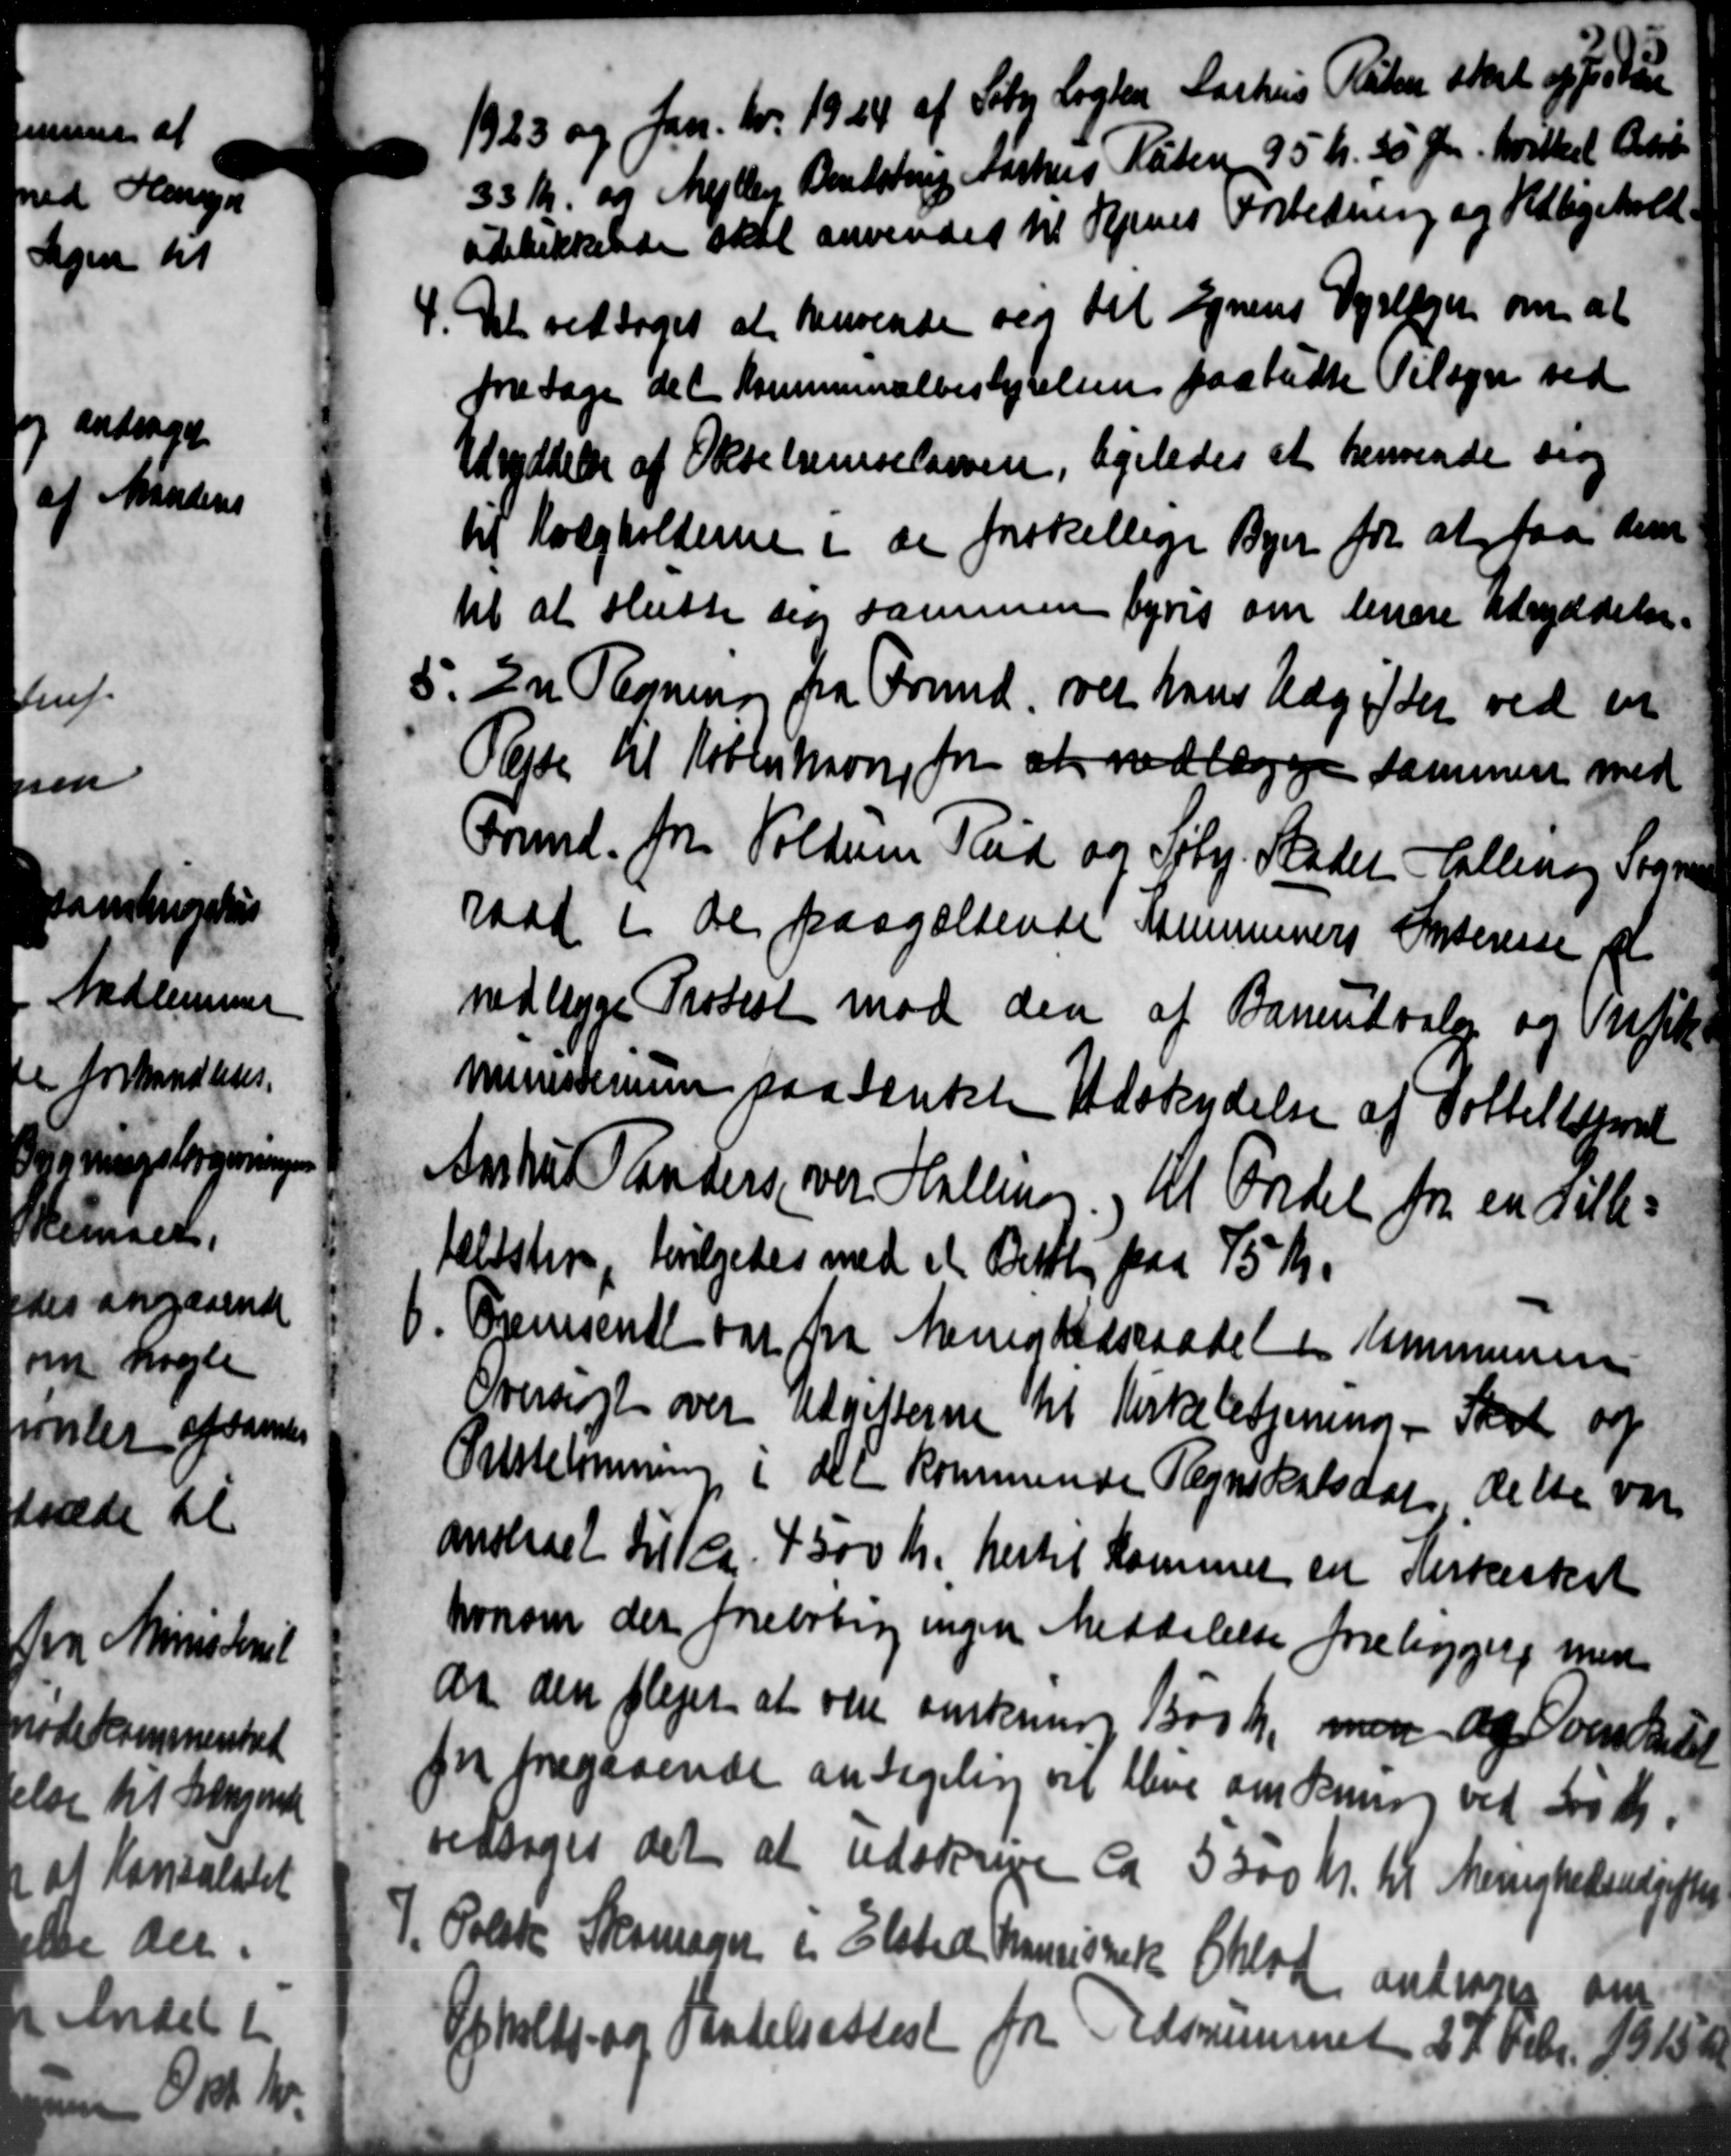
Transskription:
1923 og Jan. Kv. 1924 af Søtor Lægter Aarhus Russen skal og for den
33 Kr. og Mejlby Bendstrup Aarhus Katen 35 Kr. 50 Øre hvilket Beløb
udeskikkelede skal anvendes til Vejens Forledning og Vedligehold
4. Det vedtoges at henvende sig til Egnens Dyrlægen om at
4. Det vedtoges at henvende sig til Egnens Dyrlægen om at
fra tage det Kommunalbestyrelsen paabudte Tilsyn ved
Udryddelse af Oksebremselavnen, ligeledes at henvende sig
til Holgholderne i de forskellige Byer for at faa den
til at slutte sig sammen byres om levere Udryddelse.
5. En Regning fra Fred. over hans Udgifter ved en
5. En Regning fra Fred. over hans Udgifter ved en
Rejse til Koblution for at nedlægge sammen med
Formd. fra Voldum Tid og Sty. Skadet - Callen og Sogner
raad i de paagældende Kommuners Interesse
nedlægge Protest mod den af Baneudvalg og Snek
ministerium paa tænkte Udskydelse af Bottelsprot
Anshus Tanders over Halling og til Fredel fra en Tilles
telisten, bevilgedes med et Bettig paa 75 Kr.
6. Fremsende var fra Ministedsraadet i Kommunens
6. Fremsende var fra Ministedsraadet i Kommunens
Overslagt over Akvitterne til Kirkebetjening - Skole og
Ortstelønning i der kommende Regnskabsdag dette var
anskat til ca. 4.500 Kr. hertil Kommen en Kirkeskat
hvorom der foreløbig ingen Meddelelse foreliggere med
at den plejer at være ønskning 1500 Kr, men og ønskedet
for foregaaende antageling vil blive om Benning ved 200 Kr.
vedtoges det at udskreve ca 5500 Kr. til Menighedsudgifter
7. Polske Skomager i Elsted Mouristisk Oklod andrager om
7. Polske Skomager i Elsted Mouristisk Oklod andrager om
Opholds- og Skadelsattest fra Udsrummet 27 Febr 1915